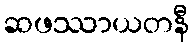
ဆဖဿာယတနီ